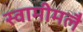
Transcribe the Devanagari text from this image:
स्वामीमलै